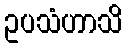
ဥပသံဟာသိ